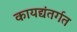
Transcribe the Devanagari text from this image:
कायद्यंतर्गत